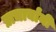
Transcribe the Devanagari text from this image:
प्राचार्यांनी